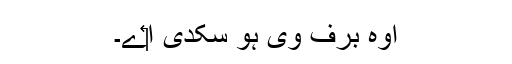
اوہ برف وی ہو سکدی ا‏‏ے۔